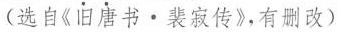
（选自《旧唐书·裴寂传》，有删改）